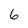
Character: 6